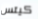
كيتس